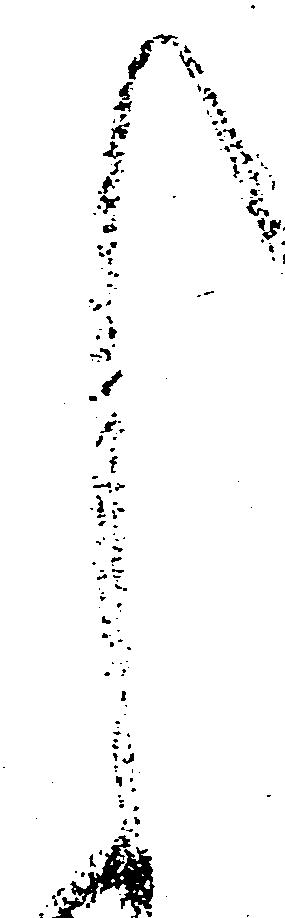
く